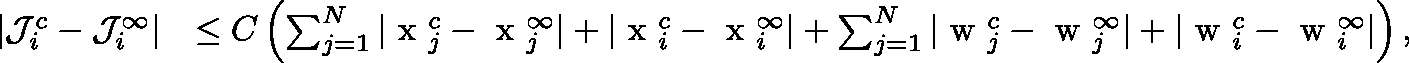
\begin{array} { r } { \begin{array} { r l } { | \mathcal { J } _ { i } ^ { c } - \mathcal { J } _ { i } ^ { \infty } | } & { \leq C \left( \sum _ { j = 1 } ^ { N } | \mathrm { \boldmath ~ x ~ } _ { j } ^ { c } - \mathrm { \boldmath ~ x ~ } _ { j } ^ { \infty } | + | \mathrm { \boldmath ~ x ~ } _ { i } ^ { c } - \mathrm { \boldmath ~ x ~ } _ { i } ^ { \infty } | + \sum _ { j = 1 } ^ { N } | \mathrm { \boldmath ~ w ~ } _ { j } ^ { c } - \mathrm { \boldmath ~ w ~ } _ { j } ^ { \infty } | + | \mathrm { \boldmath ~ w ~ } _ { i } ^ { c } - \mathrm { \boldmath ~ w ~ } _ { i } ^ { \infty } | \right) , } \end{array} } \end{array}